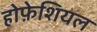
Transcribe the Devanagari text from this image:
होफ़ेशियल